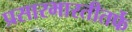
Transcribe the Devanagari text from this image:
प्रसारभारतीतर्फे